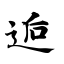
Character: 逅